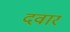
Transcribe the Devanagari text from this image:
दवार